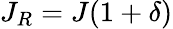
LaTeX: J_{R}=J(1+\delta)